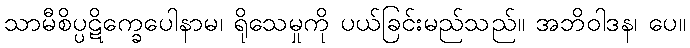
သာမီစိပ္ပဋိက္ခေပေါနာမ၊ ရိုသေမှုကို ပယ်ခြင်းမည်သည်။ အဘိဝါဒန၊ ပေ။